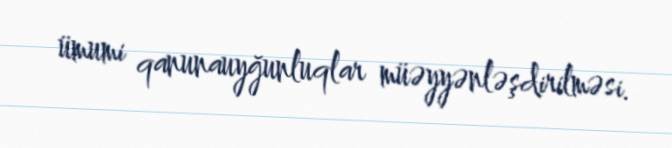
ümumi qanunauyğunluqlar müəyyənləşdirilməsi.